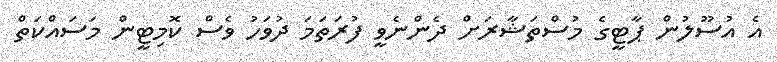
އެ އުސޫލުން ޕާޓީގެ މުސްތަޝާރަށް ދެންނެވީ ފުރަތަމަ ދުވަހު ވެސް ކޮމިޓީން މަސައްކަތް